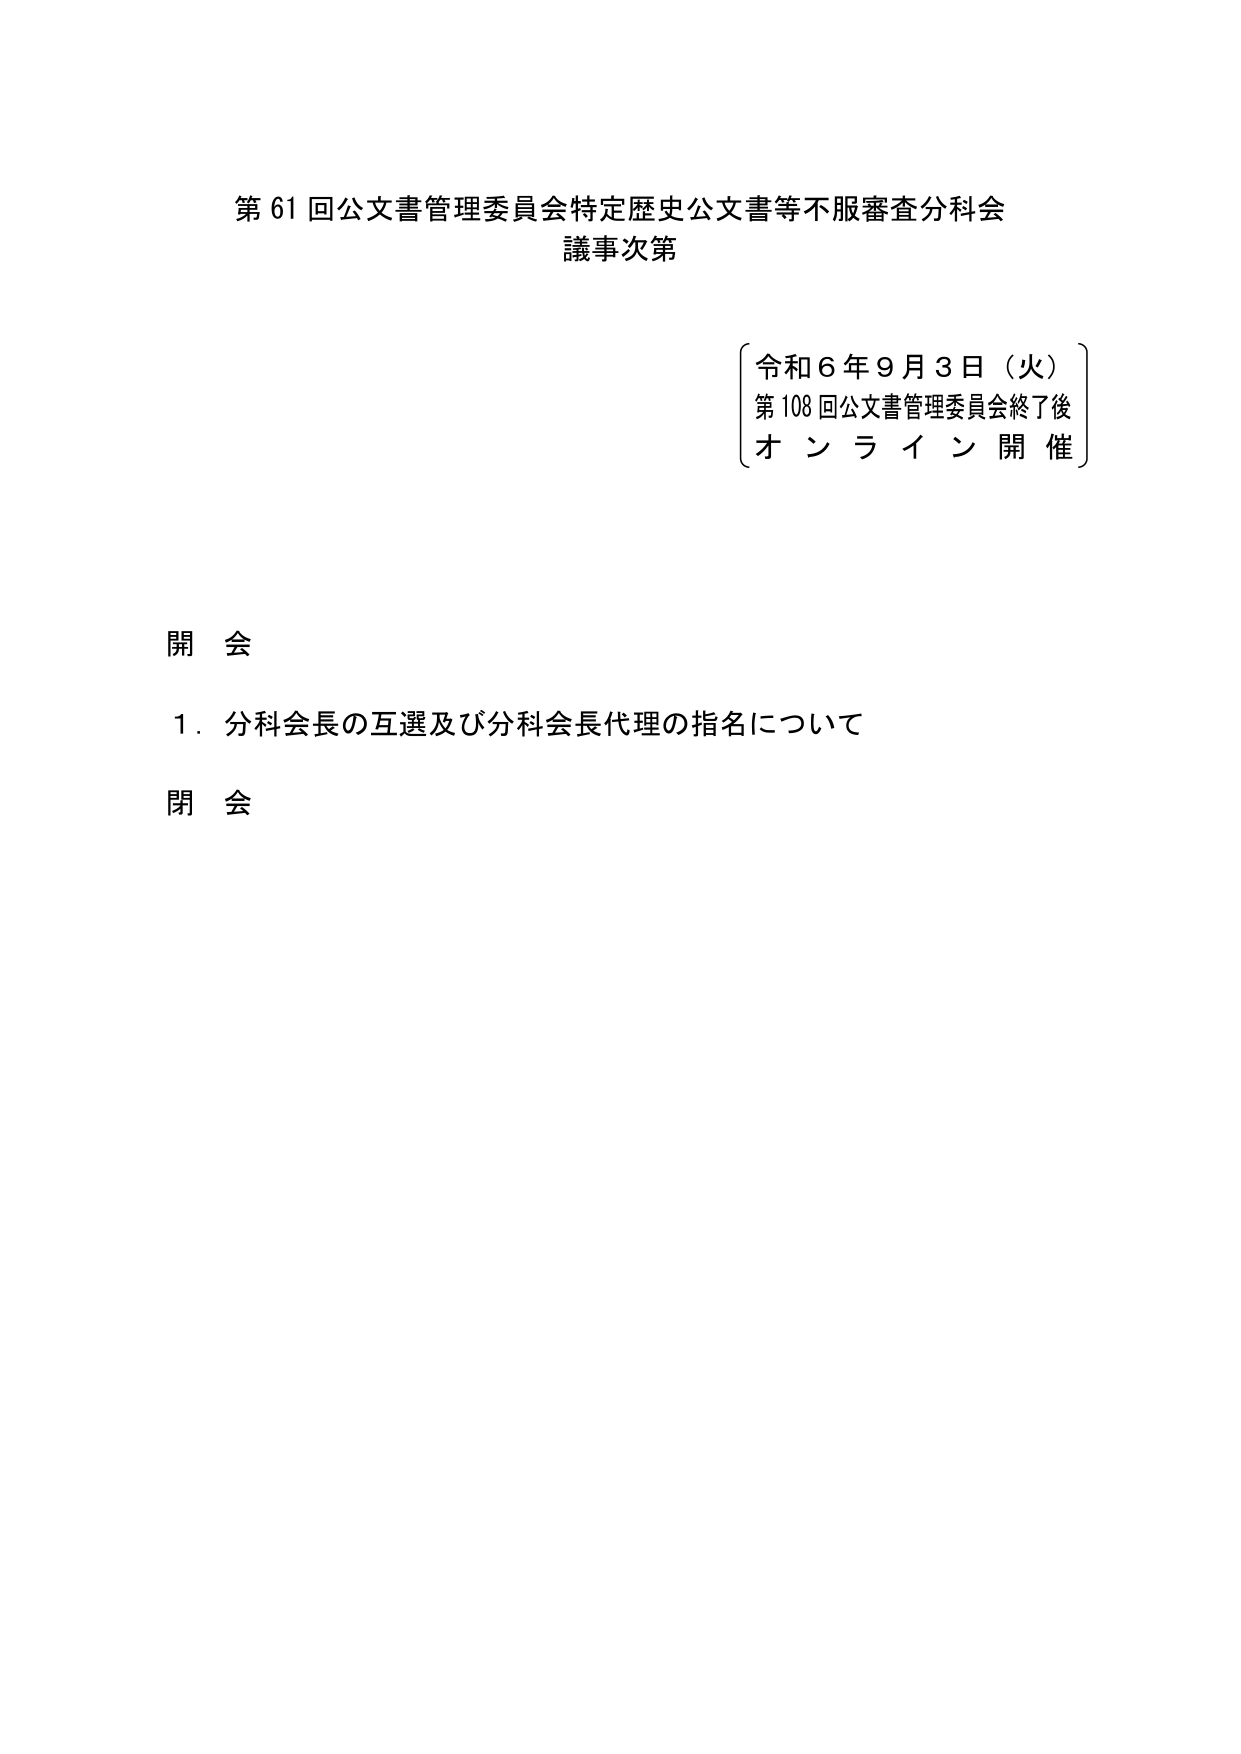
第61回公文書管理委員会特定歴史公文書等不服審査分科会
議事次第

〔令和6年9月3日（火）
第108回公文書管理委員会終了後
オンライン開催〕

開会
1．分科会長の互選及び分科会長代理の指名について
閉会